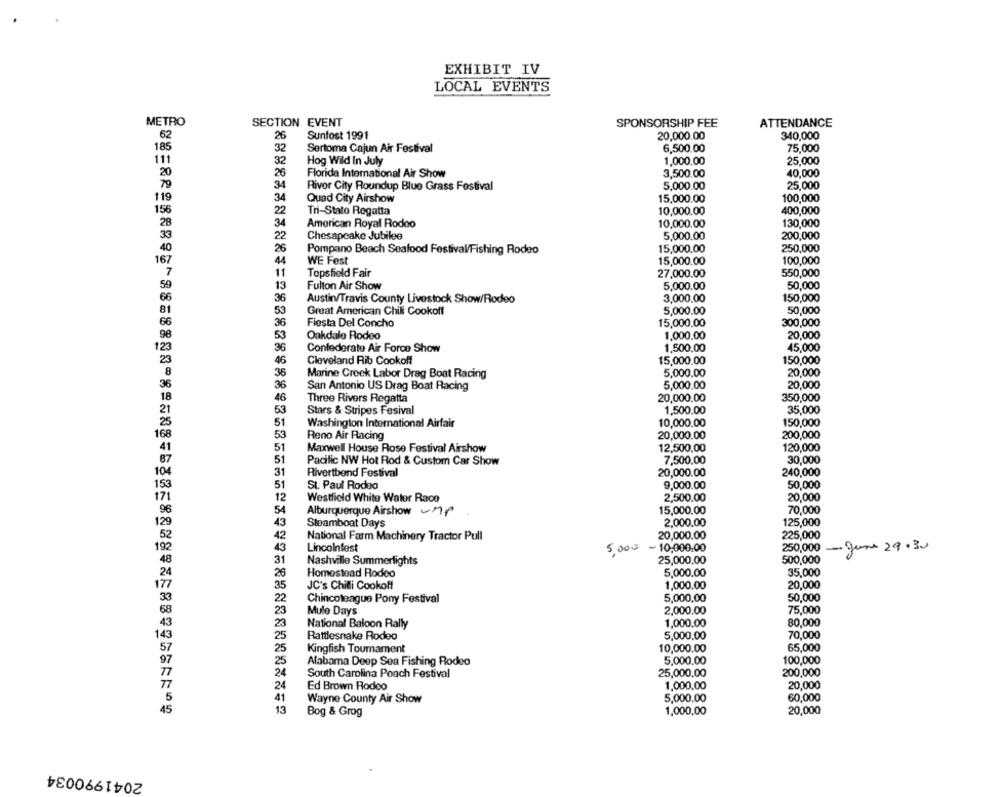
EXHIBIT IV
LOCAL EVENTS
METRO
SECTION EVENT
SPONSORSHIP FEE
ATTENDANCE
62
26
Sunfost 1991
20,000.00
340,000
18
32
Sertoma Cajun Air Festival
6,500.00
75,000
25,000
111
32
Hog Wild In July
1,000.00
20
26
Florida International Air Show
3,500.00
40,000
79
34
Rivor City Roundup Blue Grass Festival
5,000.00
25,000
119
34
Quad City Airshow
15,000.00
100,000
15
22
Tri-State Regatta
10,000.00
400,000
34
American Royal Rodoo
10,000.00
130,000
22
Chesapeake Jubilee
5,000.00
200,000
15,000.00
250,000
40
26
Pompano Beach Seafood Festival/Fishing Rodeo
167
44
WE Fest
15,000.00
100,000
11
Topsfield Fair
27,000.00
550,000
13
Fulton Air Show
5,000.00
50,000
36
Austin/Travis County Livestock Show/Rodeo
3,000.00
150,000
53
Great American Chili Cookoff
5,000.00
50,000
36
Fiesta Del Concho
15,000.00
300,000
53
Oakdale Rodeo
1,000.00
20,000
36
Confederate Air Force Show
1,500.00
45.000
15,000.00
150,000
46
Cleveland Rib Cookoff
36
Marine Crock Labor Drag Boat Racing
5,000.00
20,000
36
San Antonio US Drag Boat Racing
5,000.00
20,000
46
Three Rivers Regatta
20,000.00
350,000
53
Stars & Stripes Fesival
1,500.00
35,000
51
Washington International Airfair
10,000.00
150,000
53
Reno Air Racing
20,000.00
200,000
51
12,500,00
120,000
Maxwell House Rose Festival Airshow
51
Pacific NW Hot Rod & Custom Car Show
7,500.00
30,000
31
Rivertbend Festival
20,000.00
240,000
51
St. Paul Rodeo
9,000.00
50,000
12
Westfield White Water Race
2,500.00
20,000
54
Alburquerque Airshow -hp
15,000.00
70,000
43
Steamboat Days
2,000.00
125,000
20,000.00
42
National Farm Machinery Tractor Pull
225,000
43
Lincolnfest
5.000
- 10,000.00
250,000
- June 29.30
31
25,000,00
Nashville Summerlights
500,000
26
Homestead Rodeo
5,000.00
35,000
35
JC's Chilli Cookoff
1,000.00
20,000
22
Chincoteague Pony Festival
5,000.00
50,000
23
Mulo Days
2,000.00
75,000
23
1,000.00
80,000
National Baloon Rally
25
Rattlesnake Rodeo
5,000,00
70,000
10,000.00
65,000
25
Kingfish Toumament
25
Alabama Deep Sea Fishing Rodeo
5,000.00
100,000
24
South Carolina Poach Festival
25,000,00
200,000
1,000,00
20,000
24
Ed Brown Rodeo
41
Wayne County Air Show
5,000.00
60,000
13
20,000
Bog & Grog
1,000,00
2041990034